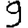
Digit: 9